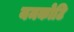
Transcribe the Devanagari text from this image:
यमकोटि